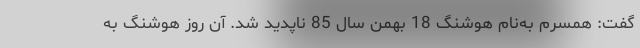
گفت: همسرم به‌نام هوشنگ 18 بهمن سال 85 ناپدید شد. آن روز هوشنگ به